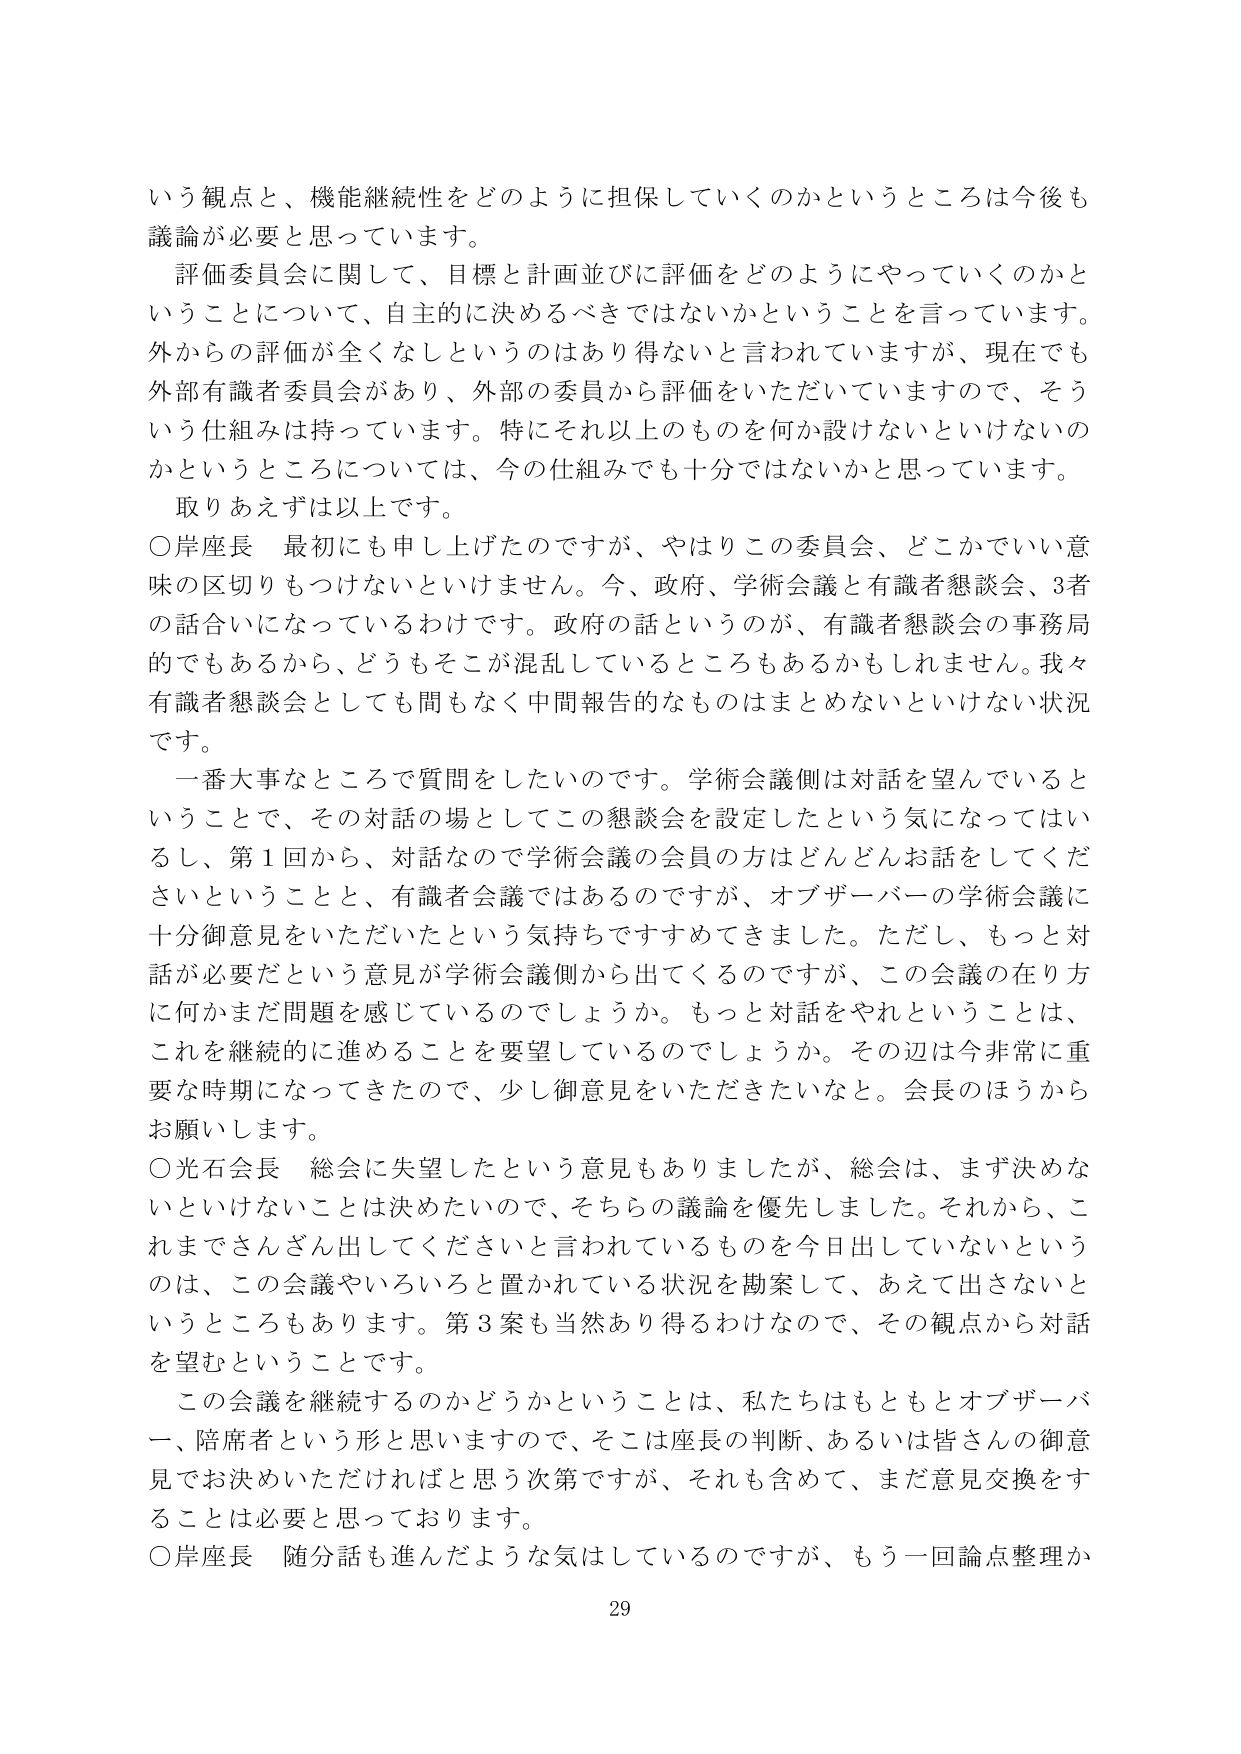
いう観点と、機能継続性をどのように担保していくのかというところは今後も
議論が必要と思っています。
評価委員会に関して、目標と計画並びに評価をどのようにやっていくのかと
いうことについて、自主的に決めるべきではないかということを言っています。
外からの評価が全くなしというのはあり得ないと言われていますが、現在でも
外部有識者委員会があり、外部の委員から評価をいただいていますので、そう
いう仕組みは持っています。特にそれ以上のものを何か設けないといけないの
かというところについては、今の仕組みでも十分ではないかと思っています。
取りあえずは以上です。
○岸座長 最初にも申し上げたのですが、やはりこの委員会、どこかでいい意
味の区切りもつけないといけません。今、政府、学術会議と有識者懇談会、3者
の話合いになっているわけです。政府の話というのが、有識者懇談会の事務局
的でもあるから、どうもそこが混乱しているところもあるかもしれません。我々
有識者懇談会としても間もなく中間報告的なものはまとめないといけない状況
です。
一番大事なところで質問をしたいのです。学術会議側は対話を望んでいると
いうことで、その対話の場としてこの懇談会を設定したという気になってはい
るし、第1回から、対話なので学術会議の会員の方はどんどんお話をしてくだ
さいということと、有識者会議ではあるのですが、オブザーバーの学術会議に
十分御意見をいただいたという気持ちですうめてきました。ただし、もっと対
話が必要だという意見が学術会議側から出てくるのですが、この会議の在り方
に何かまだ問題を感じているのでしょうか。もっと対話をやれということは、
これを継続的に進めることを要望しているのでしょうか。その辺は今非常に重
要な時期になってきたので、少し御意見をいただきたいなと。会長のほうから
お願いします。
○光石会長 総会に失望したという意見もありましたが、総会は、まず決めな
いといけないことは決めたいので、そちらの議論を優先しました。それから、こ
れまでさんざん出してくださいと言われているものを今日出していないという
のは、この会議やいろいろと置かれている状況を勘案して、あえて出さないと
いうところもあります。第3案も当然あり得るわけなので、その観点から対話
を望むということです。
この会議を継続するのかどうかということは、私たちはもともとオブザーバ
ー、陪席者という形と思いますので、そこは座長の判断、あるいは皆さんの御意
見でお決めいただければと思う次第ですが、それも含めて、まだ意見交換をす
ることは必要と思っております。
○岸座長 随分話も進んだような気はしているのですが、もう一回論点整理か
29